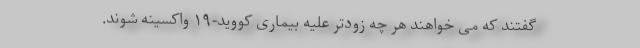
گفتند که می خواهند هر چه زودتر علیه بیماری کووید-۱۹ واکسینه شوند.